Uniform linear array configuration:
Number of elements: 48
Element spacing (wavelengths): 0.75
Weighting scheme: hamming
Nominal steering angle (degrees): -45
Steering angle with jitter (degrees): -43.981
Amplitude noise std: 0.05
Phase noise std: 0.05

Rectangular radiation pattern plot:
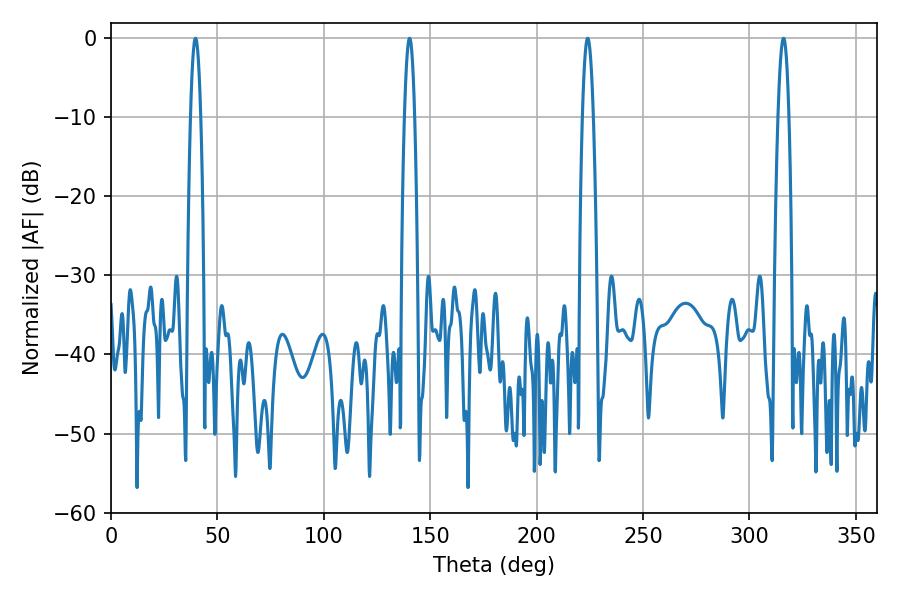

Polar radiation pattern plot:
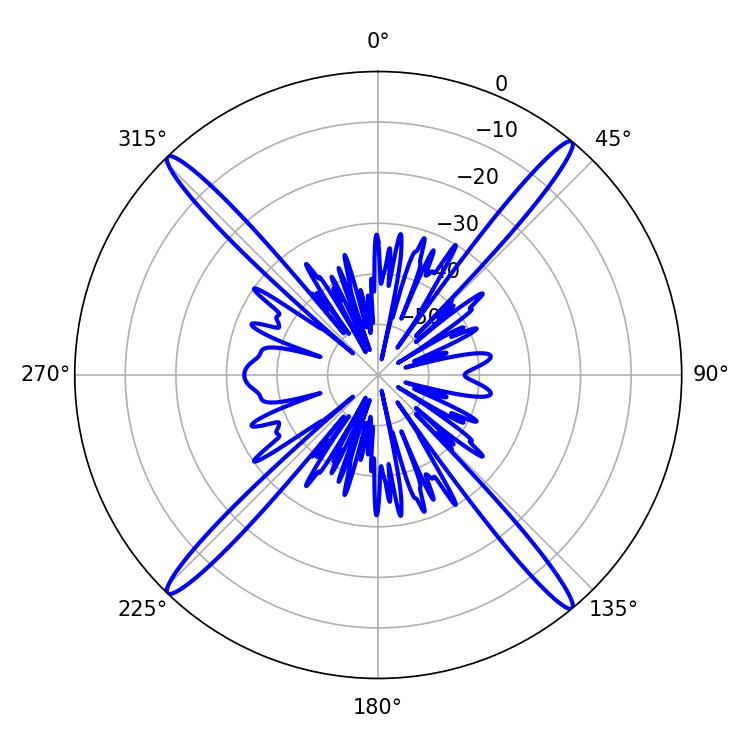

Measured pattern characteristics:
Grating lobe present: TRUE
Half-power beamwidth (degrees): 2.7
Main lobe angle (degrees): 223.92